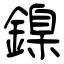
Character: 鎳